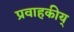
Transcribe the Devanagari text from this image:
प्रवाहकीय्